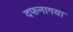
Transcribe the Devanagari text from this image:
दफनागया